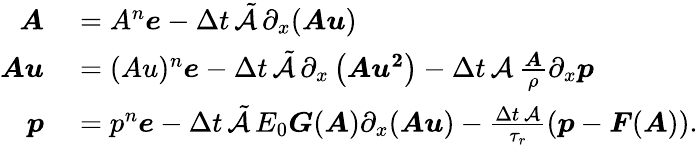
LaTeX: \begin{array}{rl}{\boldsymbol{A}}&{{}=A^{n}\boldsymbol{e}-\Delta t\, \tilde{\mathcal{A}}\, \partial_{x}(\boldsymbol{Au})}\\ {\boldsymbol{Au}}&{{}=(Au)^{n}\boldsymbol{e}-\Delta t\, \tilde{\mathcal{A}}\, \partial_{x}\left(\boldsymbol{Au^{2}}\right)-\Delta t\, \mathcal{A}\, \frac{\boldsymbol{A}}{\rho}\partial_{x}\boldsymbol{p}}\\ {\boldsymbol{p}}&{{}=p^{n}\boldsymbol{e}-\Delta t\, \tilde{\mathcal{A}}\, E_{0}\boldsymbol{G}(\boldsymbol{A})\partial_{x}(\boldsymbol{Au})-\frac{\Delta t\, \mathcal{A}}{\tau_{r}}\left(\boldsymbol{p}-\boldsymbol{F}(\boldsymbol{A})\right).}\end{array}